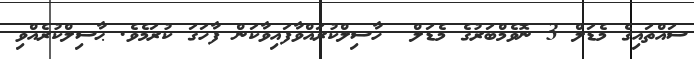
ސައްތައިގެ މެޑަލް 3 ނޮވެމްބަރުގެ މެޑަލް  ހާސިލްކުރައްވާފައިވާކަން ފާހަގަ ކުރަމެވެ. ޙާސިލްކުރެއްވި